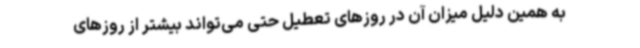
به همین دلیل میزان آن در روزهای تعطیل حتی می‌تواند بیشتر از روزهای